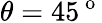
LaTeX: \theta=45^{\mathrm{~o~}}